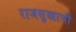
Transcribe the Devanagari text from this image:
राजसुखाची